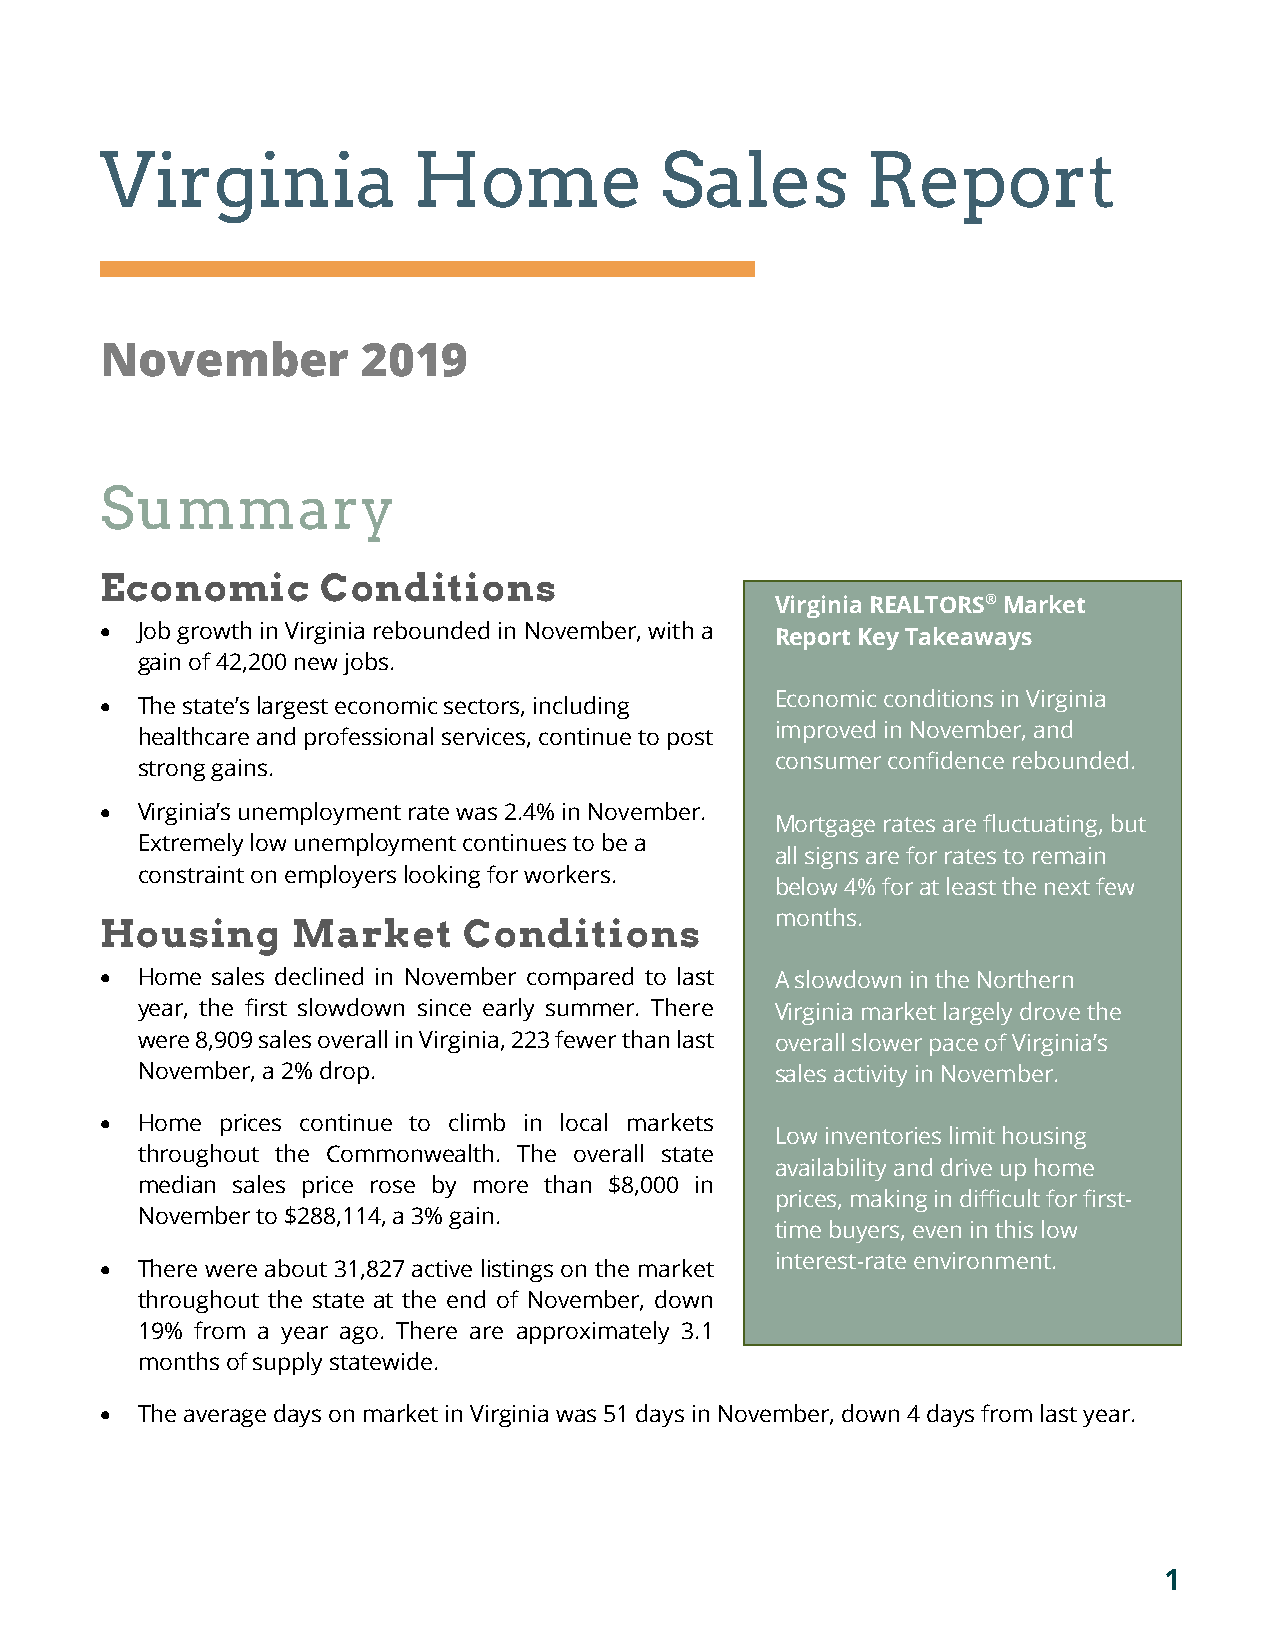
Virginia            Home             Sales        Report
 November         2019
 Summary
 Economic      Conditions
 Virginia REALTORS® Market
 • Job growth in Virginia rebounded in November, with a Report Key Takeaways
 gain of 42,200 new jobs.
 • The state’s largest economic sectors, including Economic conditions in Virginia
 improved in November, and
 healthcare and professional services, continue to post
 consumer confidence rebounded.
 strong gains.
 • Virginia’s unemployment rate was 2.4% in November.
 Mortgage rates are fluctuating, but
 Extremely low unemployment continues to be a
 all signs are for rates to remain
 constraint on employers looking for workers.
 below 4% for at least the next few
 months.
 Housing     Market      Conditions
 • Home sales declined in November compared to last A slowdown in the Northern
 year, the first slowdown since early summer. There Virginia market largely drove the
 were 8,909 sales overall in Virginia, 223 fewer than last overall slower pace of Virginia’s
 November, a 2% drop.                      sales activity in November.
 • Home  prices continue to climb in local markets
 Low inventories limit housing
 throughout the Commonwealth. The overall state
 availability and drive up home
 median sales price rose by more than $8,000 in
 prices, making in difficult for first-
 November to $288,114, a 3% gain.
 time buyers, even in this low
 • There were about 31,827 active listings on the market interest-rate environment.
 throughout the state at the end of November, down
 19% from a year ago. There are approximately 3.1
 months of supply statewide.
 • The average days on market in Virginia was 51 days in November, down 4 days from last year.
 1